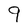
Character: 9